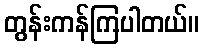
တွန်းကန်ကြပါတယ်။